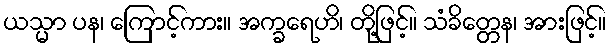
ယသ္မာ ပန၊ ကြောင့်ကား။ အက္ခရေဟိ၊ တို့ဖြင့်။ သံခိတ္တေန၊ အားဖြင့်။